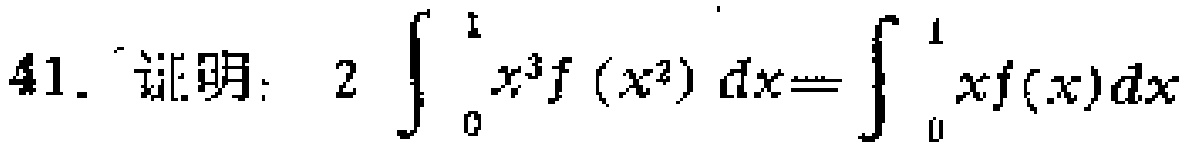
41. 证明：$2\int_{0}^{1}x^{3}f(x^{2})dx = \int_{0}^{1}xf(x)dx$